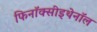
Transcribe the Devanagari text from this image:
फिनॉक्सीइथेनॉल